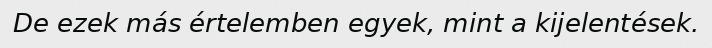
De ezek más értelemben egyek, mint a kijelentések.